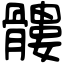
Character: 髏